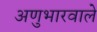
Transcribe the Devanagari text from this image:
अणुभारवाले